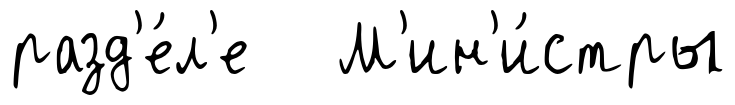
разд'е́л'е М'ин'и́стры